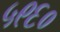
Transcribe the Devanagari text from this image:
५९६०